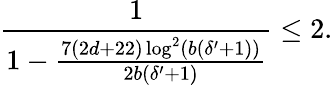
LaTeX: \frac{1}{1-\frac{7(2d+22)\log^{2}(b(\delta^{\prime}+1))}{2b(\delta^{\prime}+1)}}\leq 2.